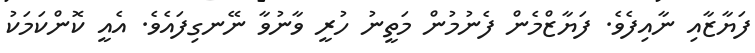
ފަޔާޒާއި ނާއިފެވެ. ފަޔާޒްމެން ފެނުމުން މަތީނު ހުރީ ވާނުވާ ނޭނގިފައެވެ. އެއީ ކޮންކަމަކު